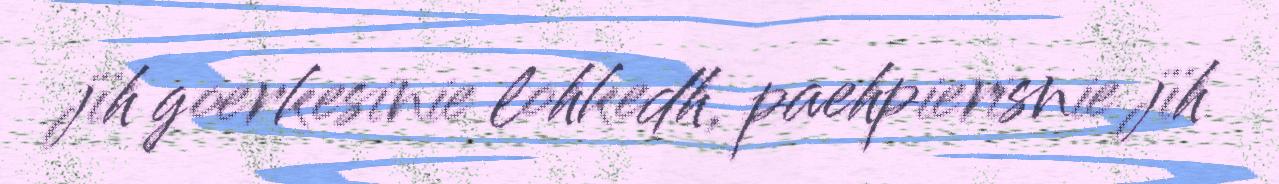
jïh goerkesinie lohkedh, paehpierisnie jïh